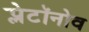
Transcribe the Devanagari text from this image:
प्लेटॉनोव